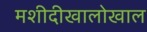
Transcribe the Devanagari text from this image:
मशीदीखालोखाल